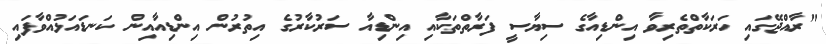
"ރާއްޖޭގައި ހަރަކާތްތެރިވާ އިންޑިއާގެ ސިޔާސީ ފަރާތްތަކާއި އިންޑިއާ ސަރުކާރުގެ އިތުރުން އިންޑިއާއިން ކަނޑައަޅުއްވާފައި